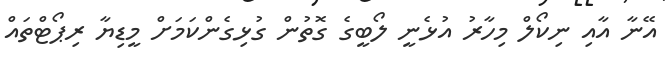
އޭނާ އާއި ނިކޯލް މިހާރު އުޅެނީ ލޯބީގެ ގޮތުން ގުޅިގެންކަމަށް މީޑިޔާ ރިޕޯޓްތައް